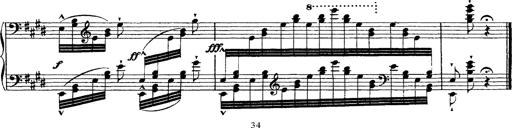
Title: Ã‰tudes d'exÃ©cution transcendante d'aprÃ¨s Paganini
Composer: Franz Liszt